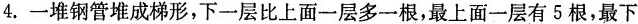
4.一堆钢管堆成梯形，下一层比上面一层多一根，最上面一层有5根，最下